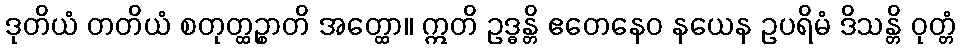
ဒုတိယံ တတိယံ စတုတ္ထဉ္စာတိ အတ္ထော။ ဣတိ ဥဒ္ဓန္တိ ဧတေနေဝ နယေန ဥပရိမံ ဒိသန္တိ ဝုတ္တံ